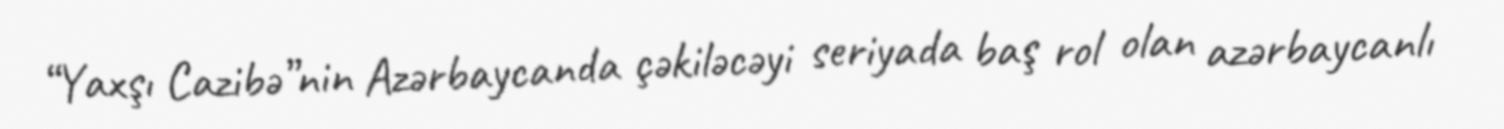
“Yaxşı Cazibə”nin Azərbaycanda çəkiləcəyi seriyada baş rol olan azərbaycanlı